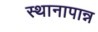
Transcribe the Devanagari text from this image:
स्थानापान्न